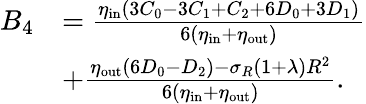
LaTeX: \begin{array}{rl}{B_{4}}&{=\frac{\eta_{\mathrm{in}}(3C_{0}-3C_{1}+C_{2}+6D_{0}+3D_{1})}{6(\eta_{\mathrm{in}}+\eta_{\mathrm{out}})}}\\ &{+\frac{\eta_{\mathrm{out}}(6D_{0}-D_{2})-\sigma_{R}(1+\lambda)R^{2}}{6(\eta_{\mathrm{in}}+\eta_{\mathrm{out}})}.}\end{array}